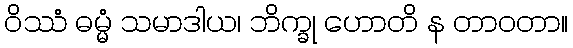
ဝိဿံ ဓမ္မံ သမာဒါယ၊ ဘိက္ခု ဟောတိ န တာဝတာ။